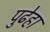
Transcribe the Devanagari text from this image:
पुढेहा